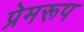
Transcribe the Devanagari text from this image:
प्रेमरूप